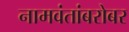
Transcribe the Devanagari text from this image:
नामवंतांबरोबर